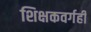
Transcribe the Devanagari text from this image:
शिक्षकवर्गही